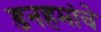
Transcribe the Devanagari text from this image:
डनहमांचे